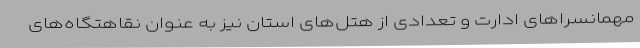
مهمانسراهای ادارت و تعدادی از هتل‌های استان نیز به عنوان نقاهتگاه‌های